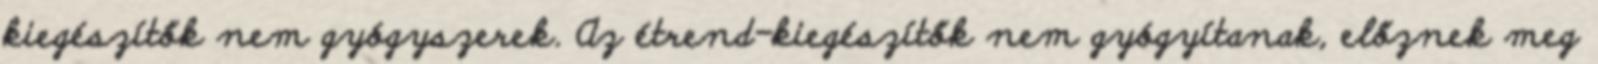
kiegészítők nem gyógyszerek. Az étrend-kiegészítők nem gyógyítanak, előznek meg